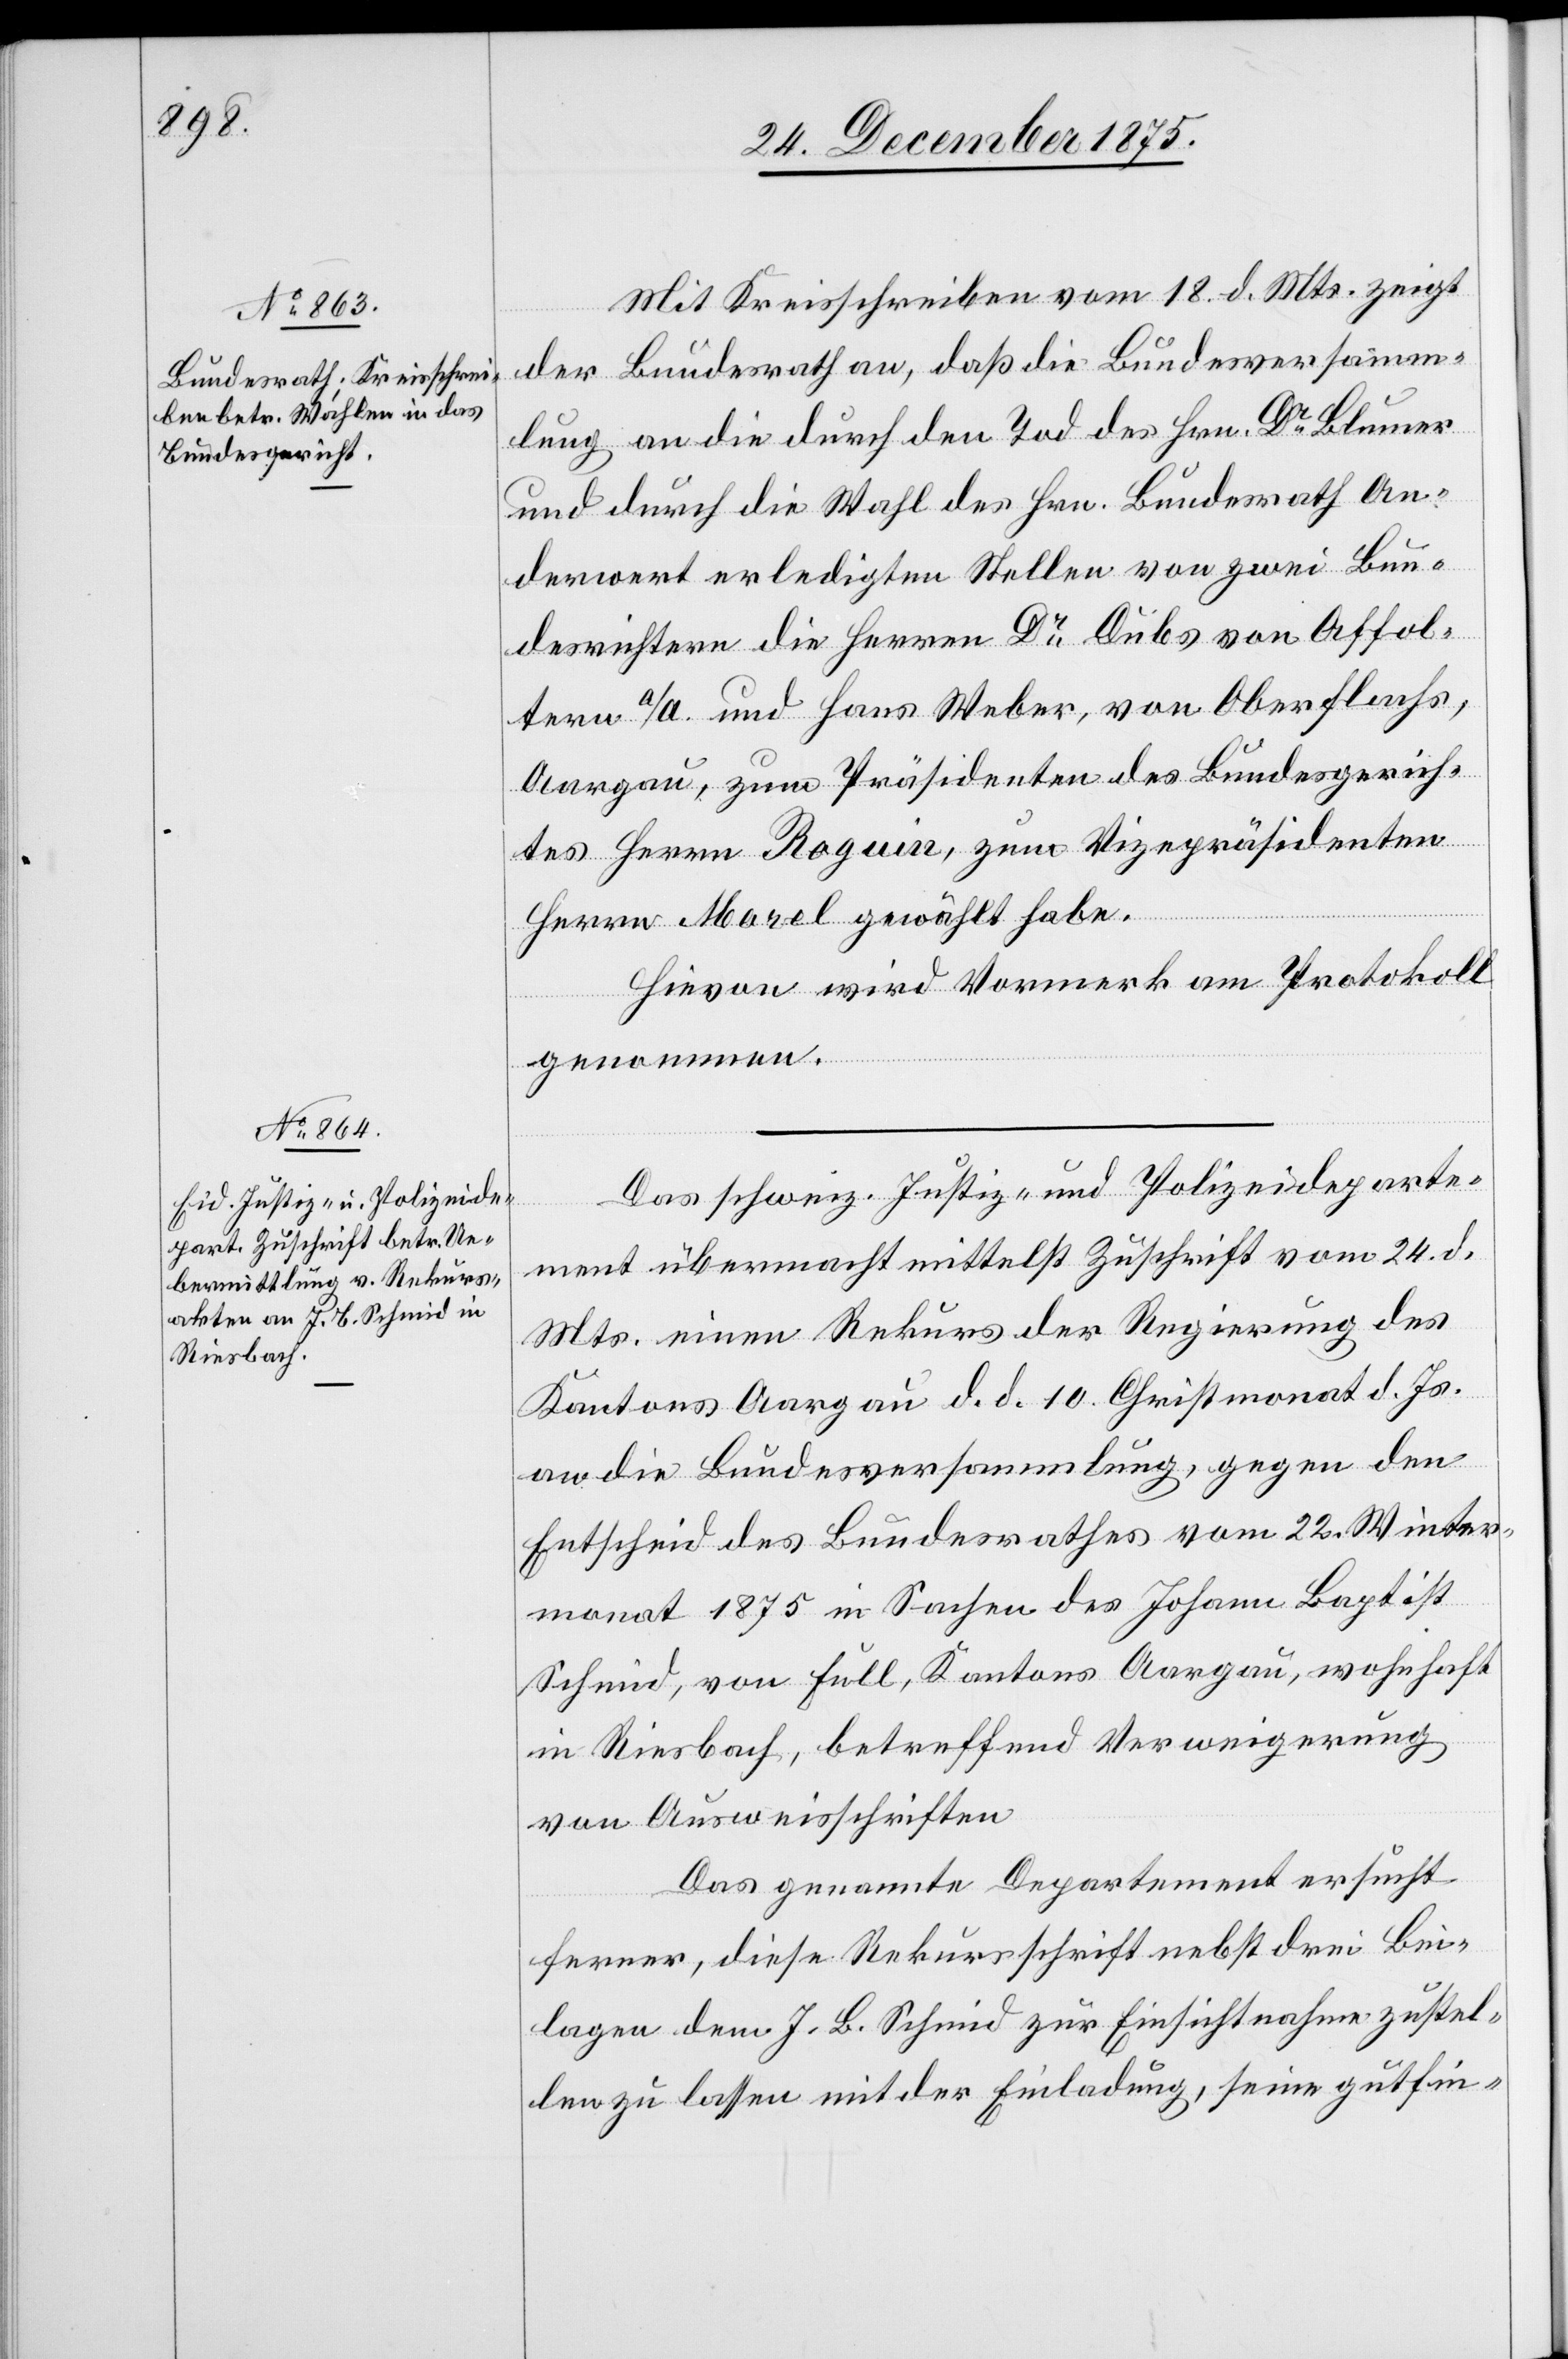
27. December 1875.]
Mit Kreisschreiben vom 18. d. Mts. zeigt
der Bundesrath an, daß die Bundesversamm¬
lung an die durch den Tod des Hrn. Dr Blumer
und durch die Wahl des Hrn. Bundesrath An¬
derwert erledigten Stellen von zwei Bun¬
desrichtern die Herren Dr Dubs von Affol¬
tern a/A. und Hans Weber, von Oberflachs,
Aargau, zum Präsidenten des Bundesgerichtes
Herr Morel gewählt habe.
Hievon wird Vormerk am Protokoll
genommen.
Das schweiz. Justiz- und Polizeideparte¬
ment übermacht mittelst Zuschrift vom 24. d.
Mts. einen Rekurs der Regierung des
Kantons Aargau d. d. 10. Christmonat d. Js.
an die Bundesversammlung, gegen den
Entscheid des Bundesrathes vom 22. Winter¬
monat 1875 in Sachen des Johann Baptist
Schmid, von Full, Kantons Aargau, wohnhaft
in Riesbach, betreffend Verweigerung
von Ausweisschriften.
Das genannte Departement ersucht
ferner, diese Rekursschrift nebst drei Bei¬
lagen dem J. B. Schmid zur Einsichtnahme zustel¬
len zu lassen mit der Einladung, seine gutfin-